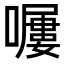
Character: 𡀿